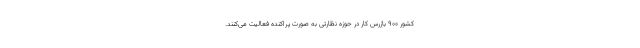
کشور ۹۰۰ بازرس کار در حوزه نظارتی به صورت پراکنده فعالیت می‌کنند.